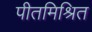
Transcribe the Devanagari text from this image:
पीतमिश्रित